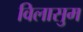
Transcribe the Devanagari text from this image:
विलासुम